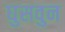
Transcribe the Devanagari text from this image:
घुसवुन